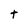
Character: t